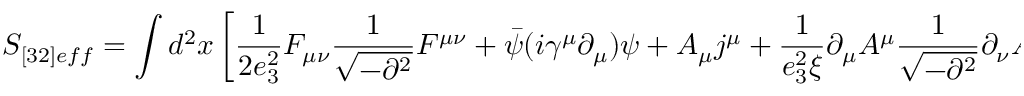
S _ { [ 3 2 ] e f f } = \int d ^ { 2 } x \left[ \frac { 1 } { 2 e _ { 3 } ^ { 2 } } F _ { \mu \nu } \frac { 1 } { \sqrt { - \partial ^ { 2 } } } F ^ { \mu \nu } + \bar { \psi } ( i \gamma ^ { \mu } \partial _ { \mu } ) \psi + A _ { \mu } j ^ { \mu } + \frac { 1 } { e _ { 3 } ^ { 2 } \xi } \partial _ { \mu } A ^ { \mu } \frac { 1 } { \sqrt { - \partial ^ { 2 } } } \partial _ { \nu } A ^ { \nu } \right] .